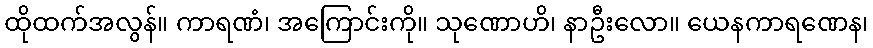
ထိုထက်အလွန်။ ကာရဏံ၊ အကြောင်းကို။ သုဏောဟိ၊ နာဦးလော။ ယေနကာရဏေန၊